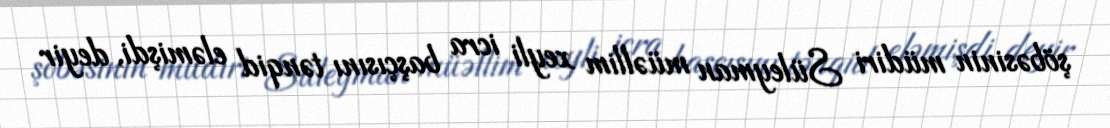
şöbəsinin müdiri Süleyman müəllim xeyli icra başçısını tənqid eləmişdi, deyir